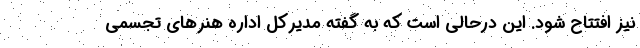
نیز افتتاح شود. این درحالی است که به گفته مدیرکل اداره هنرهای تجسمی